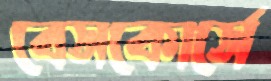
বেসকোর্সে